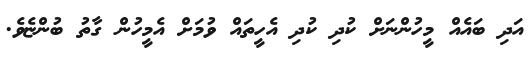
އަދި ބައެއް މީހުންނަށް ކުދި ކުދި އެހީތައް ވުމަށް އެމީހުން ގާތު ބުންޏެވެ.